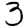
Digit: 3